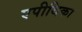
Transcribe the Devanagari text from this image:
एपीथिका